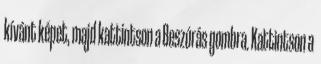
kívánt képet, majd kattintson a Beszúrás gombra. Kattintson a